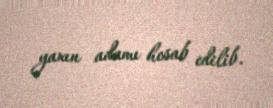
yaxın adamı hesab edilib.